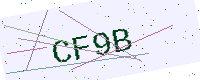
Text: CF9B